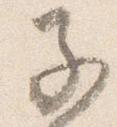
子